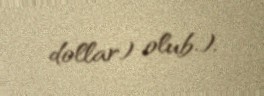
dollar) olub.).